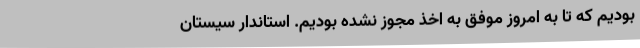
بودیم که تا به امروز موفق به اخذ مجوز نشده بودیم. استاندار سیستان